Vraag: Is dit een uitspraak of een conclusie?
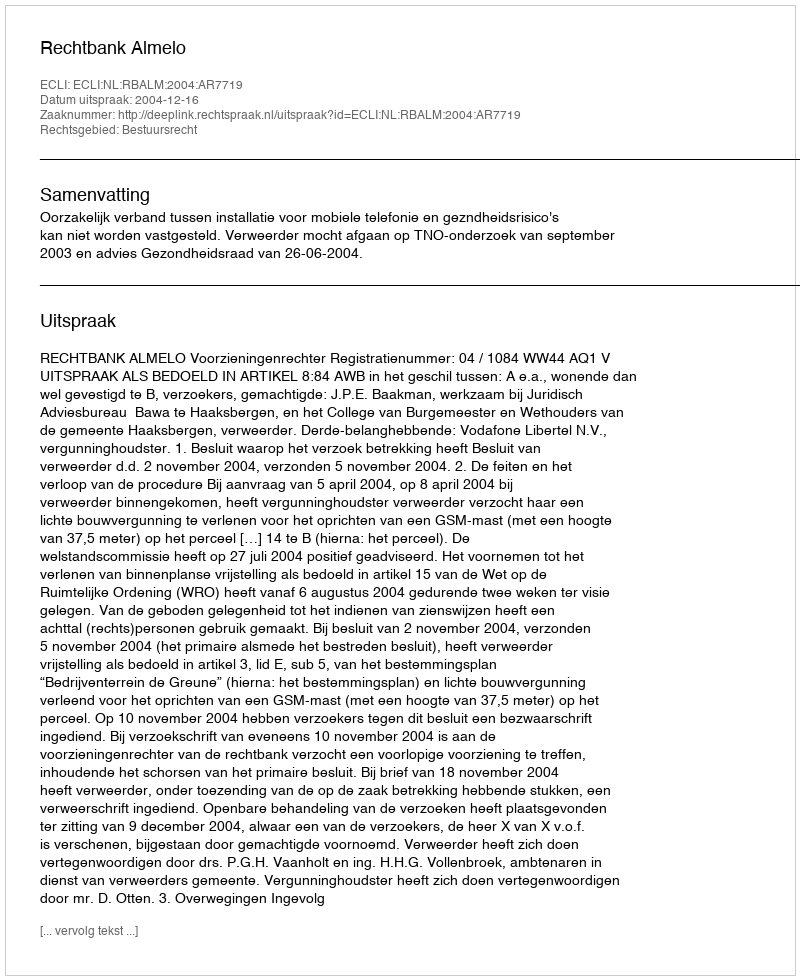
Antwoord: Uitspraak